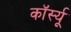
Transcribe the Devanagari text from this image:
कॉर्स्यू